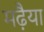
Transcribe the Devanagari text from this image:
मढ़ैया